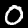
Label: 0